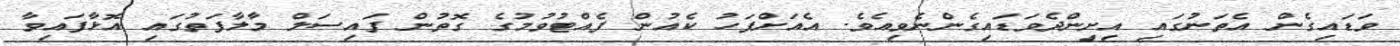
ވަޑައިގެން އެތަނުގައި އިށިންދެވަޑައިގެންނެވިއެވެ. އެއަށްފަހު ކެއުން ފެއްޓުވުމުގެ ގޮތުން ފައިސަލް މާލާފަތުގައި އޮޅާފައިވާ